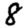
Digit: 8